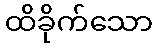
ထိခိုက်သော